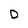
Character: D